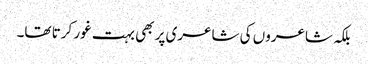
بلکہ شاعروں کی شاعری پر بھی بہت غور کرتا تھا۔